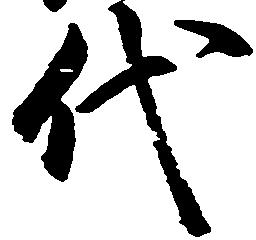
代